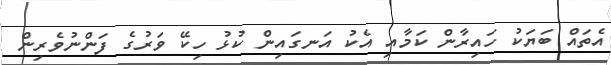
އެތައް ބަޔަކު ހައިރާން ކަމާއި އެކު އަނގައިން ކުޅު ހިކޭ ވަރުގެ ފަންނުވެރިން